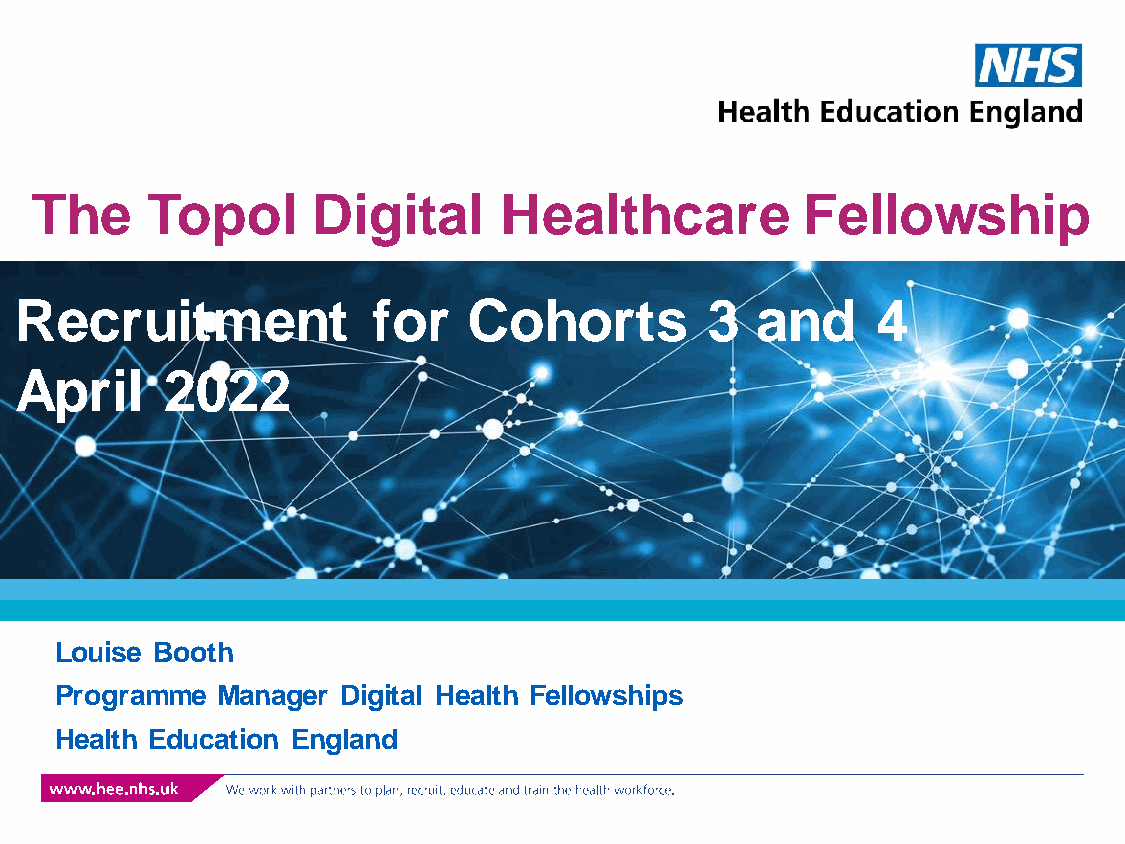
The     Topol      Digital     Healthcare          Fellowship
 Recruitment             for   Cohorts         3  and     4
 April     2022
 Louise Booth
 Programme Manager  Digital Health Fellowships
 Health Education England